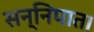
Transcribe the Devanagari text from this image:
सन्निपात।